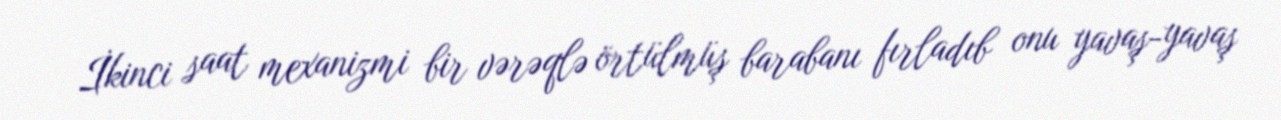
İkinci saat mexanizmi bir vərəqlə örtülmüş barabanı fırladıb onu yavaş-yavaş